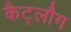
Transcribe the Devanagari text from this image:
कैट्लौग